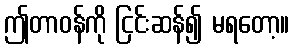
ဤတာဝန်ကို ငြင်းဆန်၍ မရတော့။